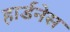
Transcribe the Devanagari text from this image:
हार्डनेस